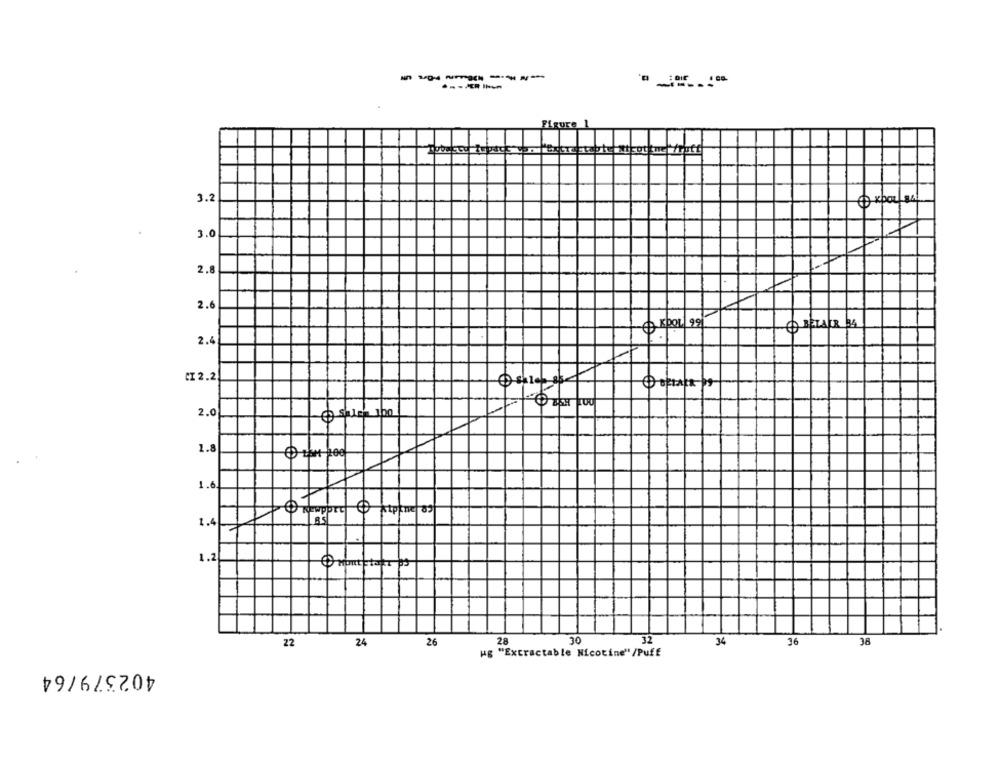
Figure 1
3.2
3.0
7
2.8
2.6
CO BETALR BA
2.4
CI 2.2
2.0
1.8
1.6
TC
89
1.4
1.2
22
24
26
28
30
32
34
36
38
"g "Extractable Nicotine"/Puff
402379/64